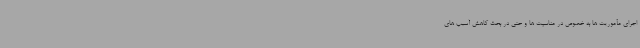
اجرای مأموریت ها به خصوص در مناسبت ها و حتی در بحث کاهش آسیب های